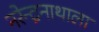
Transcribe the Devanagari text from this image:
नरेन्द्रनाथाला